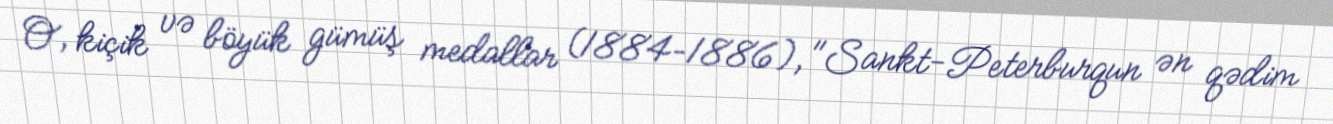
O, kiçik və böyük gümüş medallar (1884–1886), "Sankt-Peterburqun ən qədim